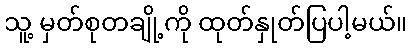
သူ့ မှတ်စုတချို့ကို ထုတ်နှုတ်ပြပါ့မယ်။